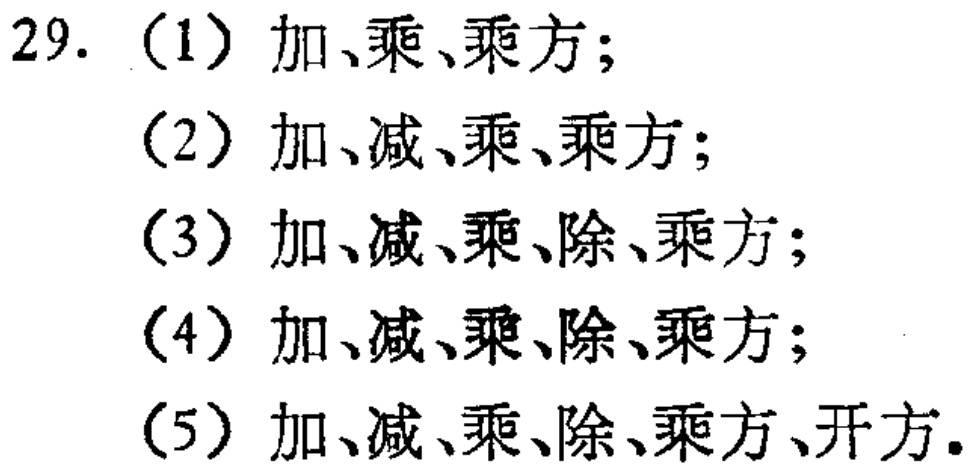
29. （1）加、乘、乘方；

（2）加、减、乘、乘方；

（3）加、减、乘、除、乘方；

（4）加、减、乘、除、乘方；

（5）加、减、乘、除、乘方、开方。